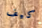
كيف